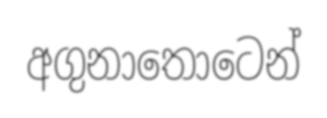
අගුනාතොටෙන්